Medical and sanitary report of the native army of Bengal for the year
Year: 1874
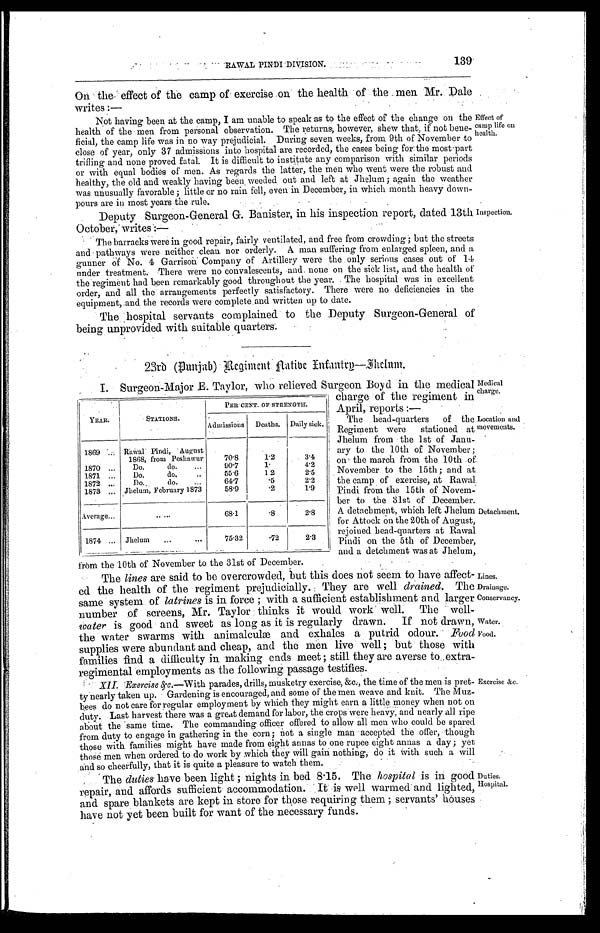
Medical
charge.
Location and
movements.
139
RAWAL PINDI DIVISION.
On the effect of the camp of exercise on the health of the men
Mr. Dale
writes
:—
Not having been at the camp, I am unable to speak as to the effect of the change on the
health of the men from personal observation. The returns, however, shew that, if not bene
-
ficial, the camp life was in no way prejudicial. During seven weeks, from 9th of November to
close of year, only 37 admissions into hospital are recorded, the cases being for the most part
trifling and none proved fatal. It is difficult to institute any comparison with similar periods
or with equal bodies of men. As regards the latter, the men who went were the robust and
healthy, the old and weakly having been weeded out and left at Jhelum; again the weather
was unusually favorable; little or no rain fell, even in December, in which month heavy down
-
pours are in most years the rule.
Deputy Surgeon-General G. Banister, in his inspection report, dated 13th
October, writers:—
The barracks were in good repair, fairly ventilated, and free from crowding; but the streets
and pathways were neither clean nor orderly. A man suffering from enlarged spleen, and a
gunner of No. 4 Garrison Company of Artillery were the only serious cases out of 14
under treatment. There were no convalescents, and none on the sick list, and the health of
the regiment had been remarkably good throughout the year. The hospital was in excellent
order, and all the arrangements perfectly satisfactory. There were no deficiencies in the
equipment, and the records were complete and written up to date.
The hospital servants complained to the Deputy Surgeon-General of
being unprovided with suitable quarters.
Effect of
camp life on
health.
Inspection.
23rd (Punjab) Regiment Native Infantry—Jhelum.
YEAR.
STATIONS.
PERCENT. OF STRENGTH.
Admissions
Deaths. Daily sick.
1869 . . . Rawal Pindi, August
1868, from Peshawur
70.8
1.2
3.4
1870 . . .
Do. do. . . .
90.7
1.
4.2
1871 . . .
Do. do. . . .
55.6
1 2
2.5
1872 . . .
Do. do. . .
64.7
. 5 2.2
1873 . . . Jhelum, February 1873
58.9
. 2 1.9
Average . . .
. . .
68.1
. 8 2.8
1874 . . .
Jhelum . . .
75.32
. 7 2 2.3
I . S u r g e o n - M a j o r E . T a y l o r , w h o r e l i e v e d S u r g e o n B o y d i n t h e m e d i c a l
charge of the regiment in
April, reports:—
The head-quarters of the
Regiment were stationed at
Jhelum from the 1st of Janu
-
ary to the 10th of November;
on the march from the 10th of
November to the 15th; and at
the camp of exercise, at Rawal
Pindi from the 15th of Novem
-
ber to the 31st of December.
A detachment, which left Jhelum
for Attock on the 20th of August,
rejoined head-quarters at Rawal
Pindi on the 5th of December,
and a detchment was at Jhelum,
from the 10th of November to the 31st of December.
The lines are said to be overcrowded, but this does not seem to have affect
-
ed the health of the regiment prejudicially. They are well drained. The
same system of latrines is in force; with a sufficient establishment and larger
number of screens, Mr. Taylor thinks it would work well. The well-
water is good and sweet as long as it is regularly drawn. If not drawn,
the water swarms with animalculæ and exhales a putrid odour. Food
supplies were abundant and cheap, and the men live well; but those with
families find a difficulty in making ends meet; still they are averse to extra
-
regimental employments as the following passage testifies.
Detachment.
Lines.
Drainage.
Conservancy.
Water.
Food.
XII. Exercise &c.—With parades, drills, musketry exercise, &c., the time of the men is pret
-
ty nearly taken up. Gardening is encouraged, and some of the men weave and knit. The Muz
-
bees do not care for regular employment by which they might earn a little money when not on
duty. Last harvest there was a great demand for labor, the crops were heavy, and nearly all ripe
about the same time. The commanding officer offered to allow all men who could be spared
from duty to engage in gathering in the corn; not a single man accepted the offer, though
those with families might have made from eight annas to one rupee eight annas a day; yet
those men when ordered to do work by which they will gain nothing, do it with such a will
and so cheerfully, that it is quite a pleasure to watch them.
The duties have been light; nights in bed 8.15. The hospital is in good
repair, and affords sufficient accommodation. It is well warmed and lighted
,
and spare blankets are kept in store for those requiring them; servants' houses
have not yet been built for want of the necessary funds.
Exercise &c.
Duties.
Hospital.